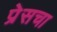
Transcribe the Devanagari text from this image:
प्रेसचा